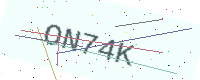
Text: ON74K